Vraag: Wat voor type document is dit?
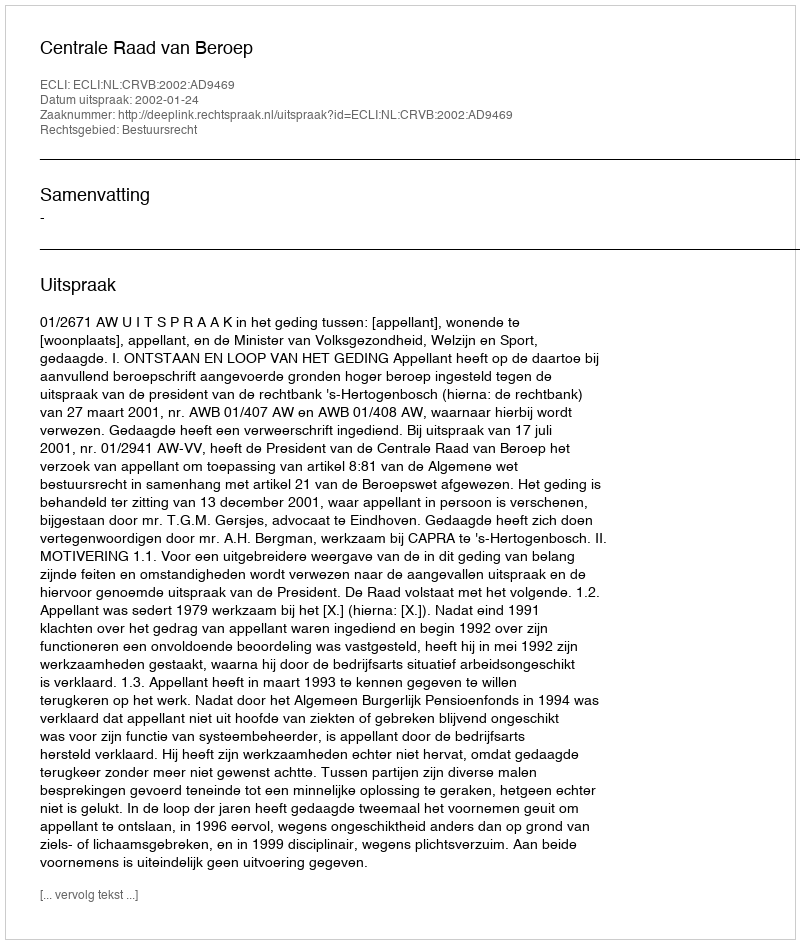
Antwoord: Uitspraak